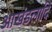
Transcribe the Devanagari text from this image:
आखंडलादि